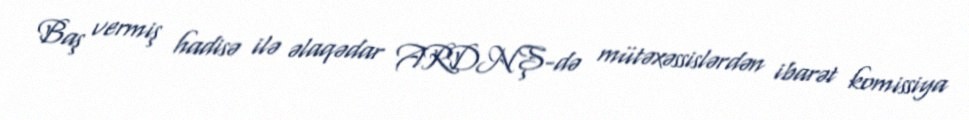
Baş vermiş hadisə ilə əlaqədar ARDNŞ-də mütəxəssislərdən ibarət komissiya